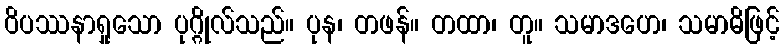
ဝိပဿနာရှုသော ပုဂ္ဂိုလ်သည်။ ပုန၊ တဖန်။ တထာ၊ တူ။ သမာဒဟေ၊ သမာဓိဖြင့်